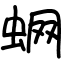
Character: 蛧